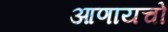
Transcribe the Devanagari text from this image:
आणायचो